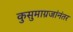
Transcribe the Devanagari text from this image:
कुसुमाग्रजांनंतर